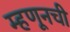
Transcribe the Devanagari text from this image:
म्हणूनची